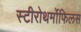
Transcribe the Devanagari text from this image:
स्टीरोथर्मोफिलस